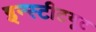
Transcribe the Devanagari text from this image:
इन्‍स्‍टीटयूट